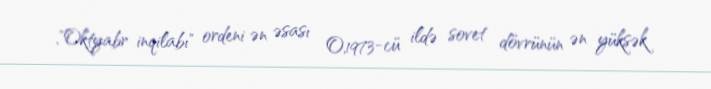
,"Oktyabr inqilabı" ordeni ən əsası O,1973-cü ildə sovet dövrünün ən yüksək